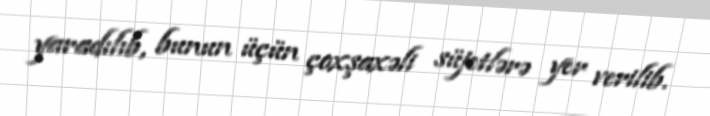
yaradılıb, bunun üçün çoxşaxəli süjetlərə yer verilib.